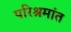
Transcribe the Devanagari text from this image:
परिश्रमांत